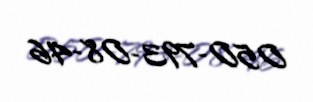
050-793-08-46